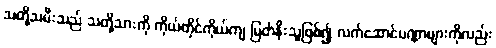
သတို့သမီးသည် သတို့သားကို ကိုယ်တိုင်ကိုယ်ကျ မြတ်နိုးသူဖြစ်၍ လက်ဆောင်ပဏ္ဏာများကိုလည်း